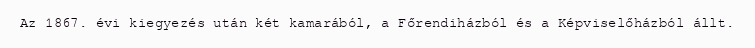
Az 1867. évi kiegyezés után két kamarából, a Főrendiházból és a Képviselőházból állt.